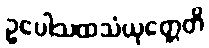
ဥပေါသထသံယုတ္တေတိ